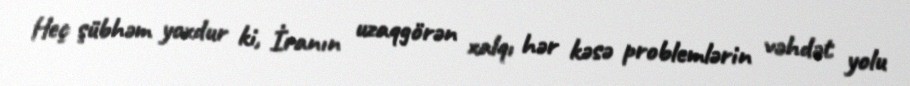
Heç şübhəm yoxdur ki, İranın uzaqgörən xalqı hər kəsə problemlərin vəhdət yolu